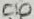
Text: C10